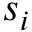
s _ { i }